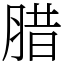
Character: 腊